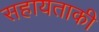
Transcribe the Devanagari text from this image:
सहायताकी